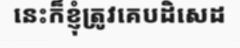
នេះក៏ខ្ញុំត្រូវគេបដិសេដ